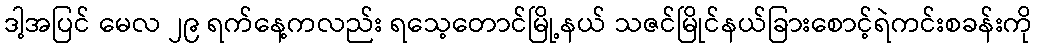
ဒါ့အပြင် မေလ ၂၉ ရက်နေ့ကလည်း ရသေ့တောင်မြို့နယ် သဇင်မြိုင်နယ်ခြားစောင့်ရဲကင်းစခန်းကို